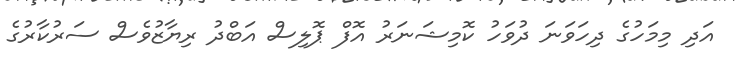
އަދި މިމަހުގެ ދިހަވަނަ ދުވަހު ކޮމިޝަނަރު އޮފް ޕޮލިސް އަބްދު ރިޔާޒުވެސް ސަރުކާރުގެ